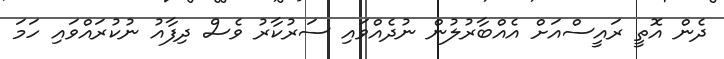
ދެން އޮތީ ރައީސްއަށް އެއްބާރުލުން ނުދެއްވައި ސަރުކާރު ވެސް ދިފާއު ނުކުރައްވައި ހަމަ